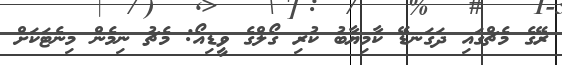
ރޭގެ މެޗްގައި ދަގަނޑޭ ކާމިޔާބު ކުރި ގޯލްގެ ވީޑިއޯ: މެޗު ނިމެން މިނެޓަކަށް